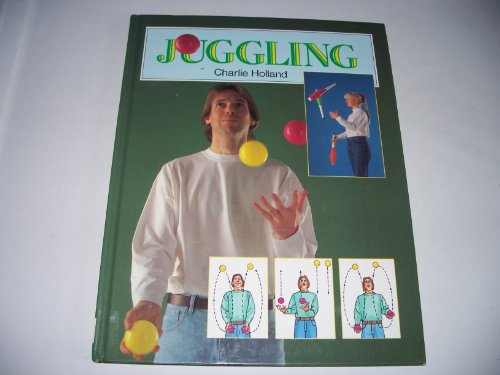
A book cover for Juggling - Illustrated; Sports & Outdoors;